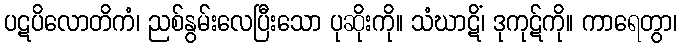
ပဋပိလောတိကံ၊ ညစ်နွမ်းလေပြီးသော ပုဆိုးကို။ သံဃာဋိံ၊ ဒုကုဋ်ကို။ ကာရေတွာ၊